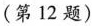
(第12题)